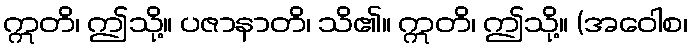
ဣတိ၊ ဤသို့။ ပဇာနာတိ၊ သိ၏။ ဣတိ၊ ဤသို့။ (အဝေါစ၊